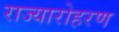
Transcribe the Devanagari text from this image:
राज्यारोहरण